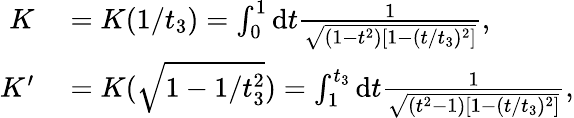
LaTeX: \begin{array}{rl}{K}&{{}=K(1/t_{3})=\int_{0}^{1}\mathrm{d}t\frac{1}{\sqrt{(1-t^{2})[1-(t/t_{3})^{2}]}},}\\ {K^{\prime}}&{{}=K(\sqrt{1-1/t_{3}^{2}})=\int_{1}^{t_{3}}\mathrm{d}t\frac{1}{\sqrt{(t^{2}-1)[1-(t/t_{3})^{2}]}},}\end{array}